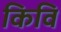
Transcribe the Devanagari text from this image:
किवि